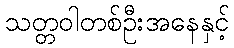
သတ္တဝါတစ်ဦးအနေနှင့်